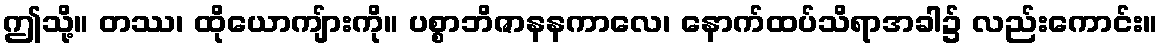
ဤသို့။ တဿ၊ ထိုယောကျ်ားကို။ ပစ္စာဘိဇာနနကာလေ၊ နောက်ထပ်သိရာအခါ၌ လည်းကောင်း။